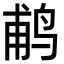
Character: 𬷕